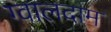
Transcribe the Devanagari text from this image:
ग्वालदाम